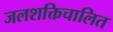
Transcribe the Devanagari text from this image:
जलशक्तिचालित